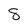
Character: 8